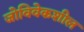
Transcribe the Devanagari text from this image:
जोविवेकशील